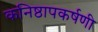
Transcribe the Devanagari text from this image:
कनिष्ठापकर्षणी